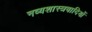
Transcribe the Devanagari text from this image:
नव्यशास्त्रवादियों